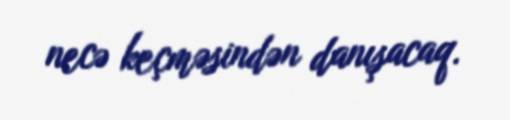
necə keçməsindən danışacaq.